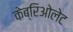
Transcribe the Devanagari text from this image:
केब्रिओलेट